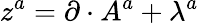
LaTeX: {z}^{a}=\partial\cdot A^{a}+\lambda^{a}